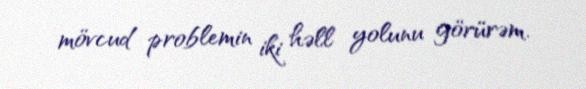
mövcud problemin iki həll yolunu görürəm.